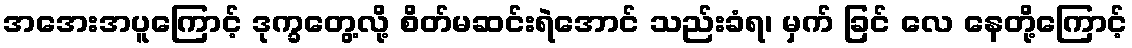
အအေးအပူကြောင့် ဒုက္ခတွေ့လို့ စိတ်မဆင်းရဲအောင် သည်းခံရ၊ မှက် ခြင် လေ နေတို့ကြောင့်